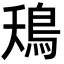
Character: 鴁